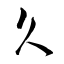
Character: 久